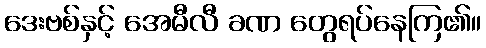
ဒေးဗစ်နှင့် အေမီလီ ခဏ တွေရပ်နေကြ၏။